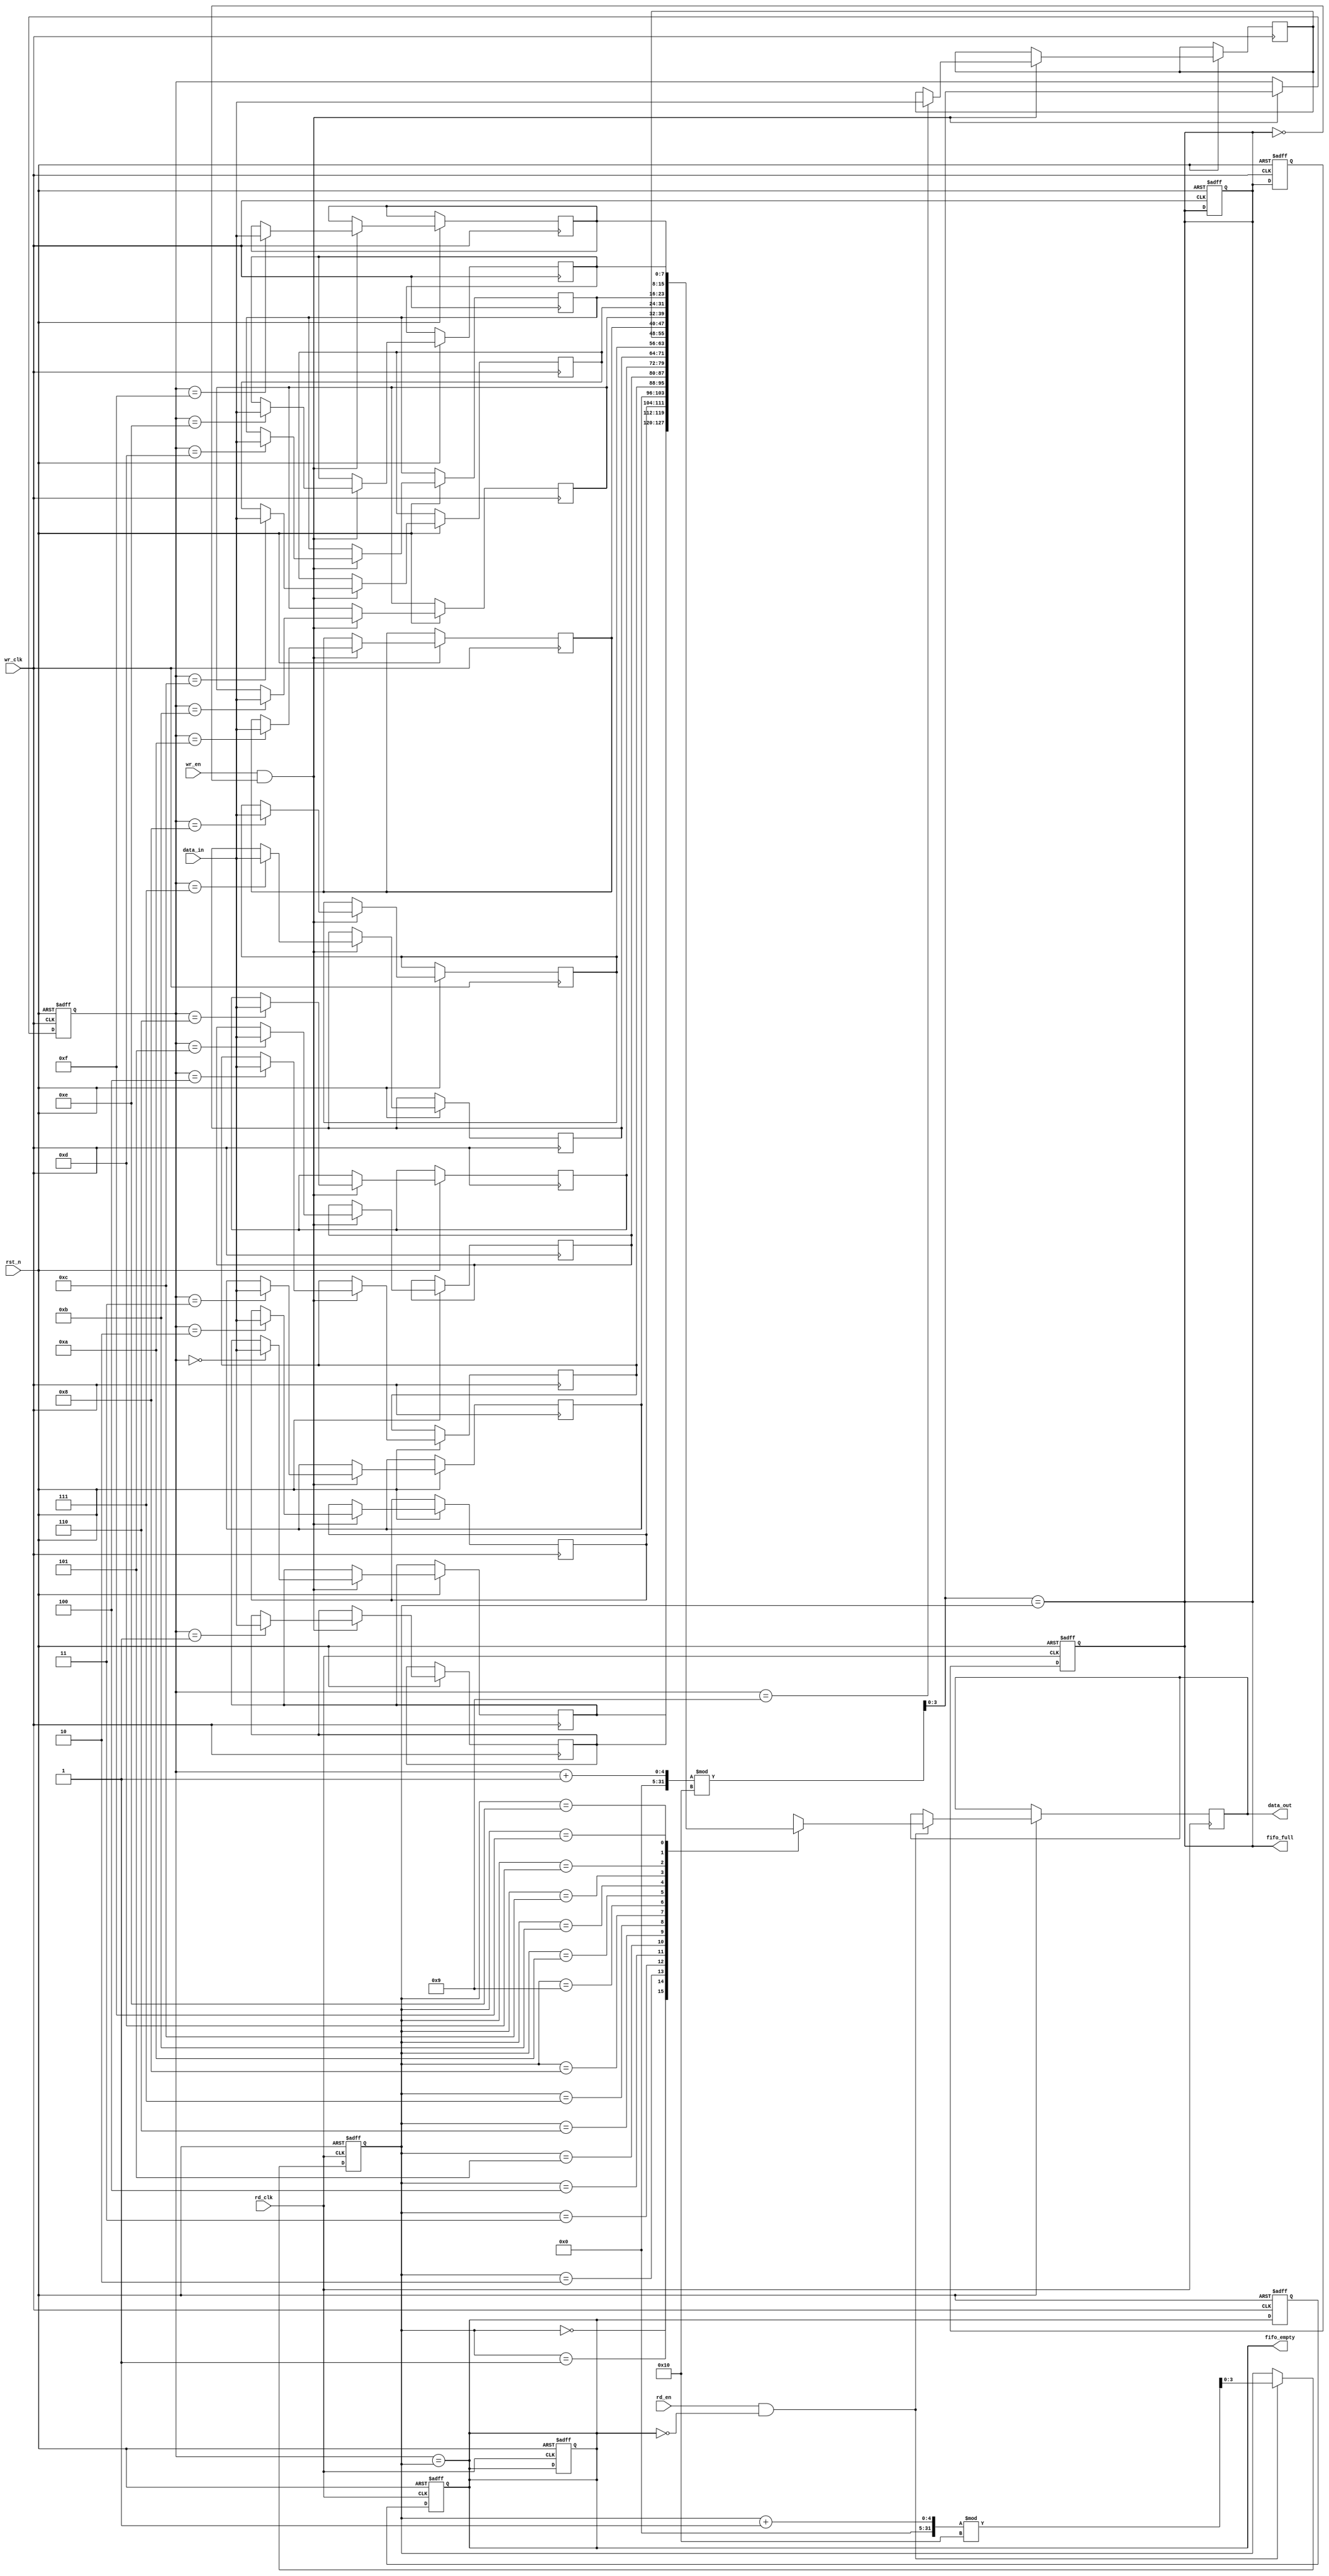
module dual_clock_fifo #(
    parameter DATA_WIDTH = 8,  // Width of the data
    parameter FIFO_DEPTH = 16   // Depth of the FIFO
)(
    input wire                  wr_clk,       // Write clock
    input wire                  rd_clk,       // Read clock
    input wire                  rst_n,        // Asynchronous reset (active low)
    input wire [DATA_WIDTH-1:0] data_in,      // Data input
    input wire                  wr_en,        // Write enable
    input wire                  rd_en,        // Read enable
    output reg [DATA_WIDTH-1:0] data_out,     // Data output
    output reg                  fifo_full,    // FIFO full flag
    output reg                  fifo_empty     // FIFO empty flag
);

    // Memory array
    reg [DATA_WIDTH-1:0] fifo_mem [0:FIFO_DEPTH-1];
    
    // Write and Read pointers
    reg [clog2(FIFO_DEPTH)-1:0] w_ptr, r_ptr;
    reg [clog2(FIFO_DEPTH)-1:0] w_ptr_next, r_ptr_next;

    // Pointer synchronization
    reg [clog2(FIFO_DEPTH)-1:0] r_ptr_sync;
    reg fifo_full_sync, fifo_empty_sync;

    // Asynchronous reset
    always @(posedge wr_clk or negedge rst_n) begin
        if (!rst_n) begin
            w_ptr <= 0;
            fifo_full <= 0;
        end else begin
            if (wr_en && !fifo_full) begin
                fifo_mem[w_ptr] <= data_in;
                w_ptr <= w_ptr_next;
            end
        end
    end

    always @(posedge rd_clk or negedge rst_n) begin
        if (!rst_n) begin
            r_ptr <= 0;
            fifo_empty <= 1;
        end else begin
            if (rd_en && !fifo_empty) begin
                data_out <= fifo_mem[r_ptr];
                r_ptr <= r_ptr_next;
            end
        end
    end

    // Update next pointers
    assign w_ptr_next = (w_ptr + 1) % FIFO_DEPTH;
    assign r_ptr_next = (r_ptr + 1) % FIFO_DEPTH;

    // Full and empty flag logic
    always @* begin
        fifo_full = (w_ptr_next == r_ptr);
        fifo_empty = (w_ptr == r_ptr);
    end

    // Synchronize read pointer and flags to write clock domain
    always @(posedge wr_clk or negedge rst_n) begin
        if (!rst_n) begin
            r_ptr_sync <= 0;
            fifo_full_sync <= 0;
            fifo_empty_sync <= 1;
        end else begin
            r_ptr_sync <= r_ptr;
            fifo_full_sync <= fifo_full;
            fifo_empty_sync <= fifo_empty;
        end
    end

    // Synchronize full and empty flags to read clock domain
    always @(posedge rd_clk or negedge rst_n) begin
        if (!rst_n) begin
            fifo_full <= 0;
            fifo_empty <= 1;
        end else begin
            fifo_full <= fifo_full_sync;
            fifo_empty <= fifo_empty_sync;
        end
    end

    // Function to calculate log2
    function integer clog2(input integer value);
        begin
            value = value - 1;
            for (clog2 = 0; value > 0; clog2 = clog2 + 1)
                value = value >> 1;
        end
    endfunction

endmodule